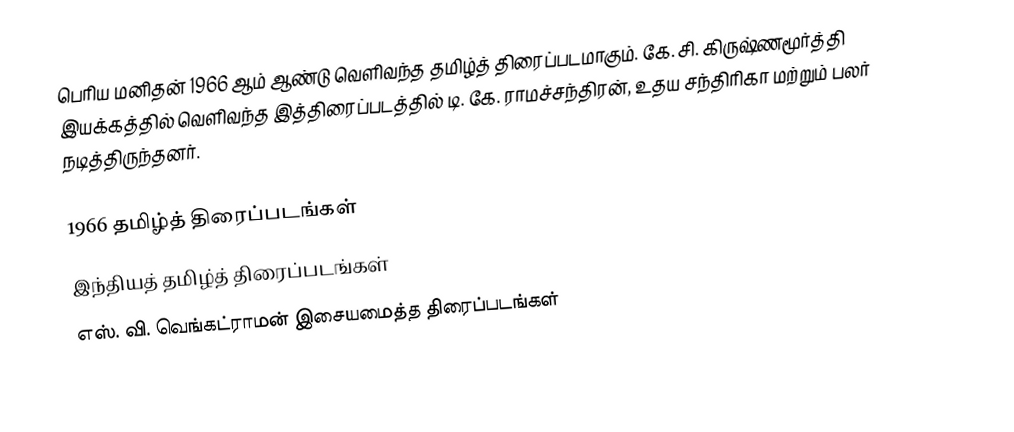
பெரிய மனிதன் 1966 ஆம் ஆண்டு வெளிவந்த தமிழ்த் திரைப்படமாகும். கே. சி. கிருஷ்ணமூர்த்தி இயக்கத்தில் வெளிவந்த இத்திரைப்படத்தில் டி. கே. ராமச்சந்திரன், உதய சந்திரிகா மற்றும் பலர் நடித்திருந்தனர்.

1966 தமிழ்த் திரைப்படங்கள்
இந்தியத் தமிழ்த் திரைப்படங்கள்
எஸ். வி. வெங்கட்ராமன் இசையமைத்த திரைப்படங்கள்